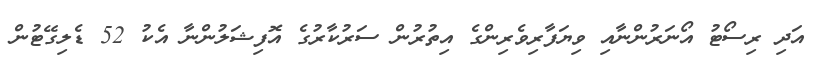
އަދި ރިސޯޓު އޯނަރުންނާއި ވިޔަފާރިވެރިންގެ އިތުރުން ސަރުކާރުގެ އޮފިޝަލުންނާ އެކު 52 ޑެލިގޭޓުން